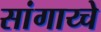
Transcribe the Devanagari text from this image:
सांगाय्चे